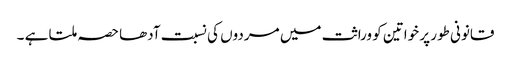
قانونی طور پر خواتین کو وراثت میں مردوں کی نسبت آدھا حصہ ملتا ہے ۔